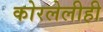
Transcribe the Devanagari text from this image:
कोरलेलीही